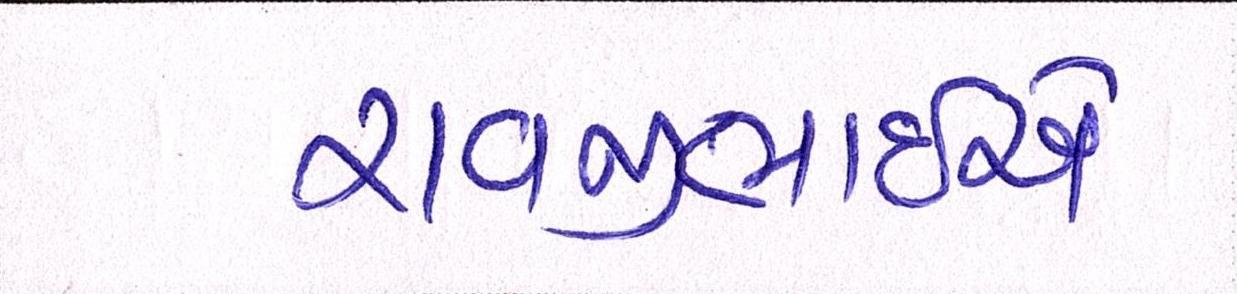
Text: રાવજીભાઈએ